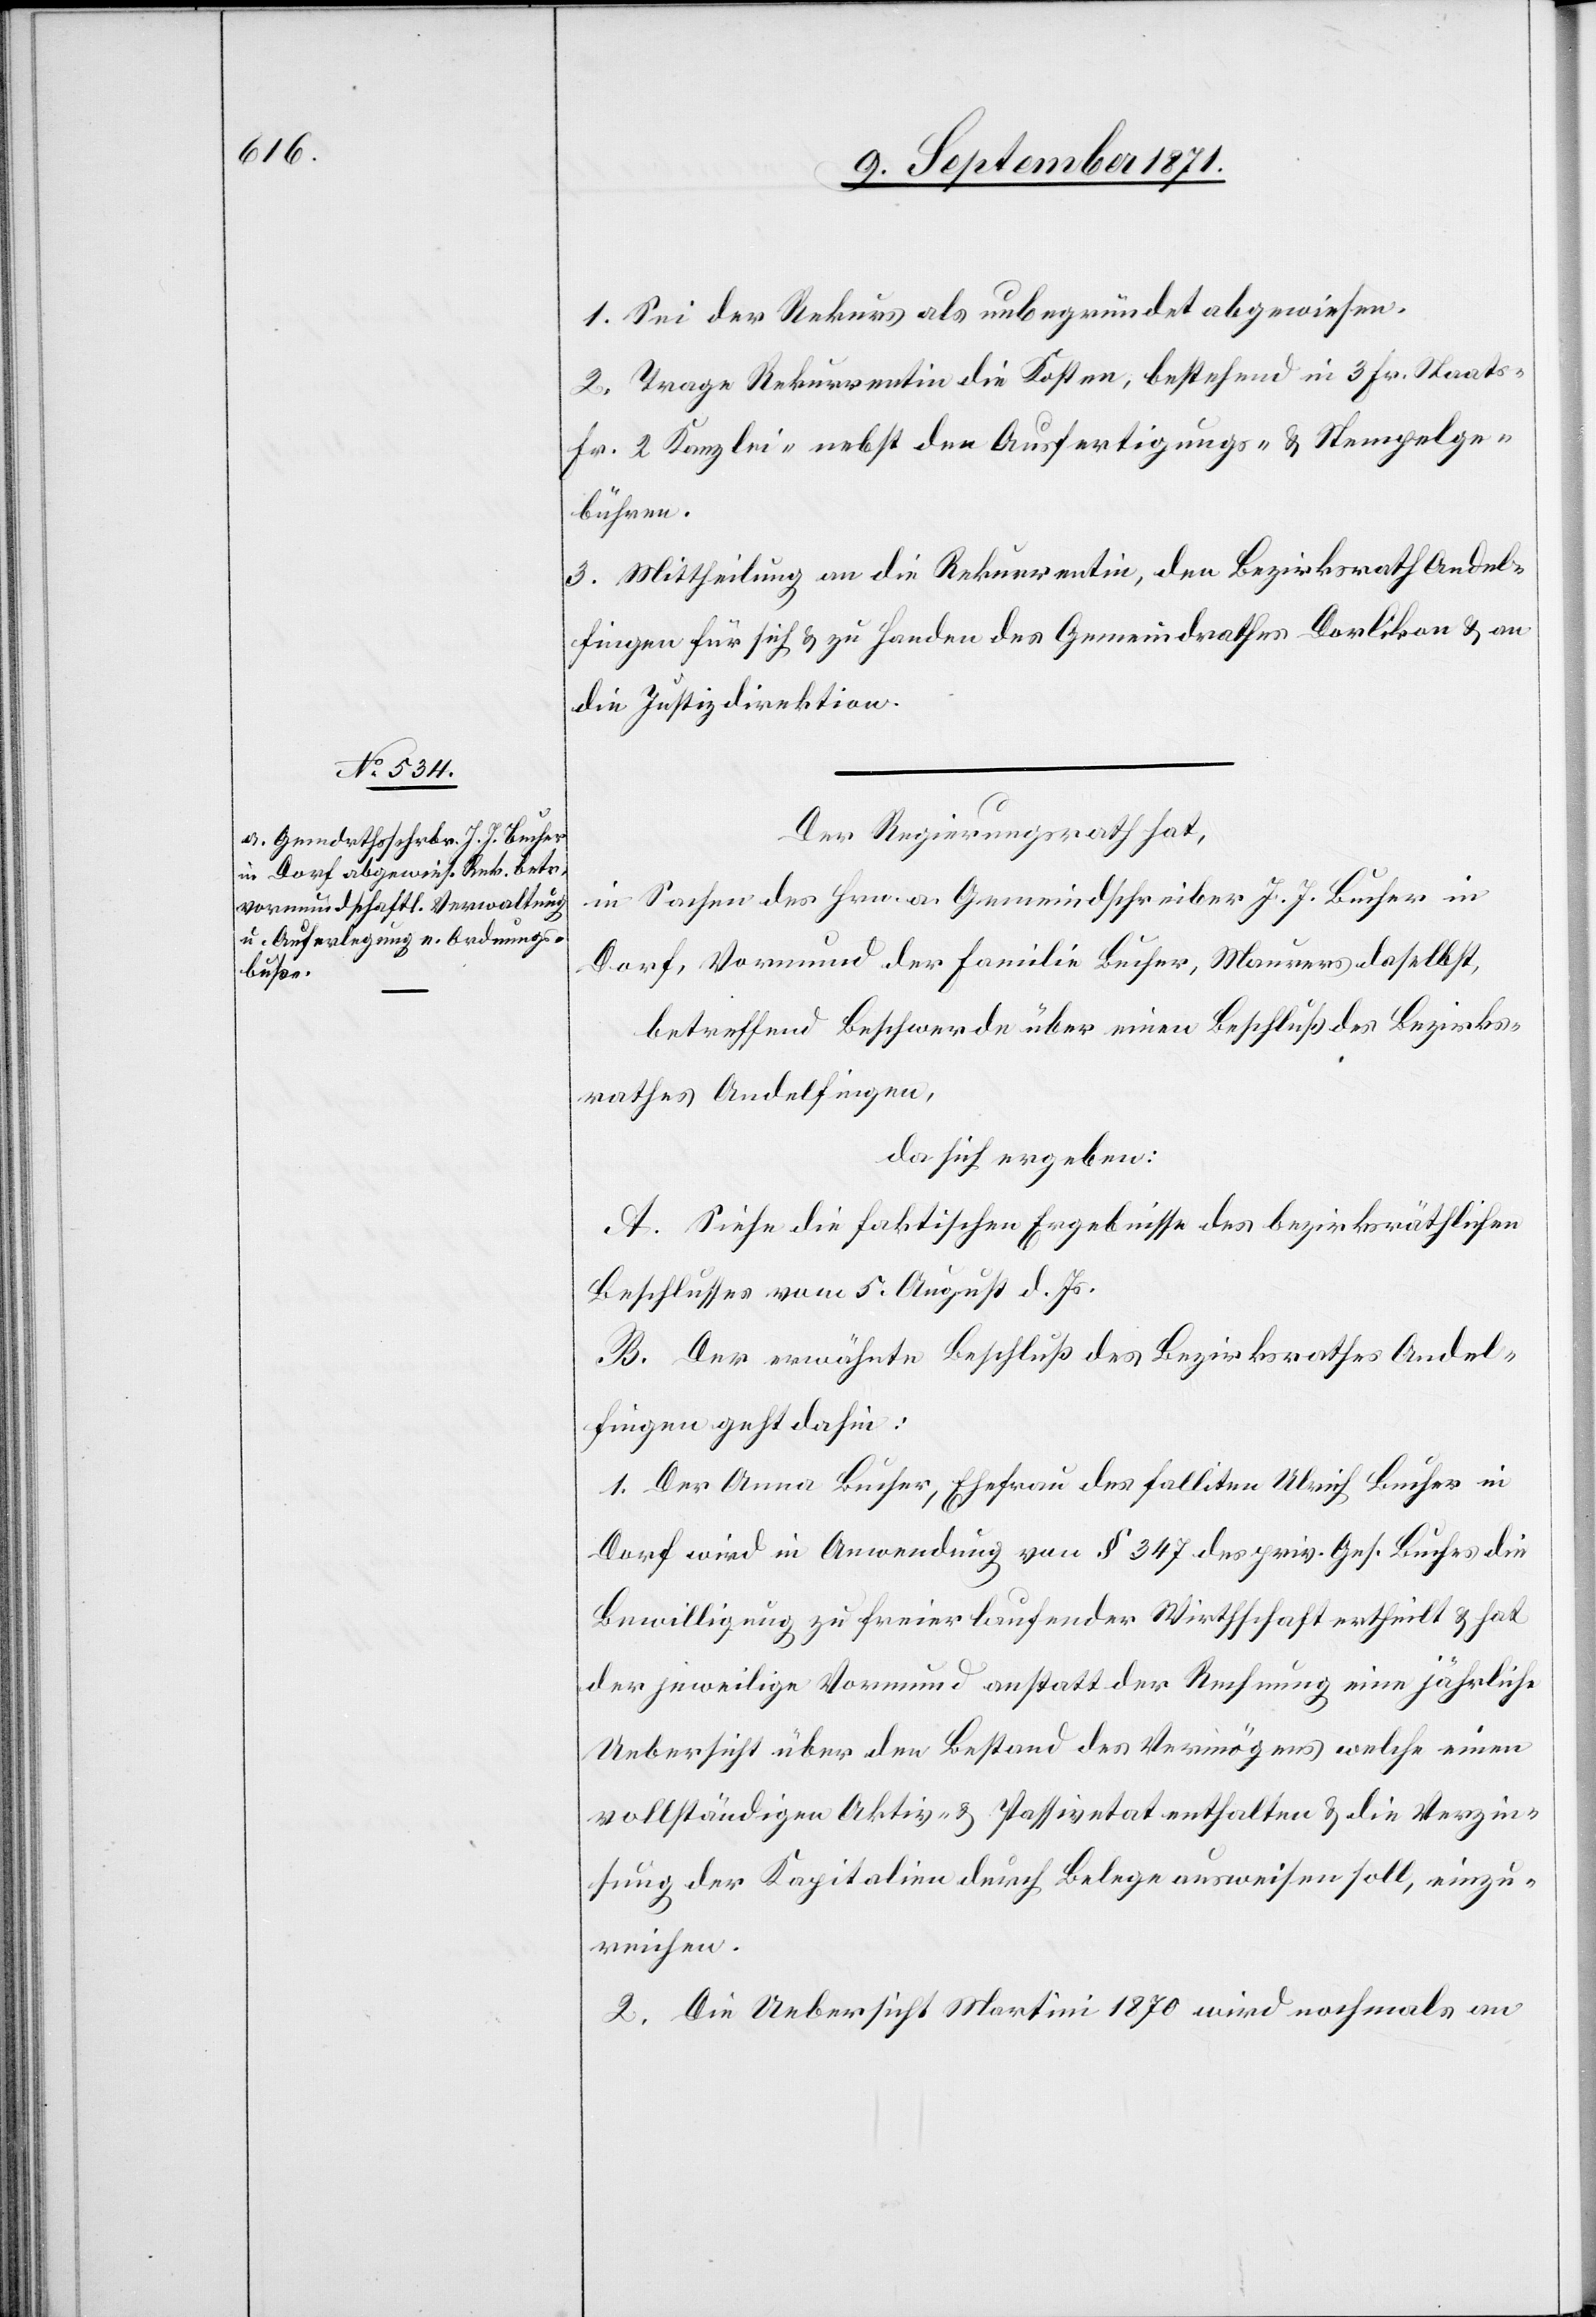
1. Sei der Rekurs als unbegründet abgewiesen.
2. Trage Rekurrentin die Kosten, bestehend in 3 Fr. Staats-[,]
Fr. 2 Kanzlei-[,] nebst den Ausfertigungs- & Stempelge¬
bühren.
3. Mittheilung an die Rekurrentin, den Bezirksrath Andel¬
fingen für sich & zu Handen des Gemeindrathes Oerlikon & an
die Justizdirektion.
Der Regierungsrath hat,
in Sachen des Hrn. a. Gemeindschreiber J. J. Bucher in
Dorf, Vormund der Familie Bucher, Maurer daselbst,
betreffend Beschwerde über einen Beschluß des Bezirks¬
rathes Andelfingen,
da sich ergeben:
A. Siehe die faktischen Ergebnisse des bezirksräthlichen
Beschlusses vom 5. August d. Js.
B. Der erwähnte Beschluß des Bezirksrathes Andel¬
fingen geht dahin:
1. Der Anna Bucher, Ehefrau des falliten Ulrich Bucher in
Dorf wird in Anwendung von § 347 des priv. Ges. Buches die
Bewilligung zu freier laufender Wirtschaft ertheilt & hat
der jeweilige Vormund anstatt der Rechnung eine jährliche
Uebersicht über den Bestand des Vermögens welche einen
volljährigen Aktiv- & Passivetat enthalten & die Verzei¬
chnung der Kapitalien durch Belege ausweisen soll, einzu¬
reichen.
2. Die Uebersicht Martini 1870 wird nochmals an